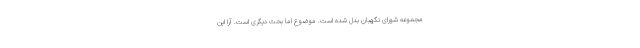
مجموعه شورای نگهبان بدل شده است. موضوع اما بحث دیگری است. آرا این